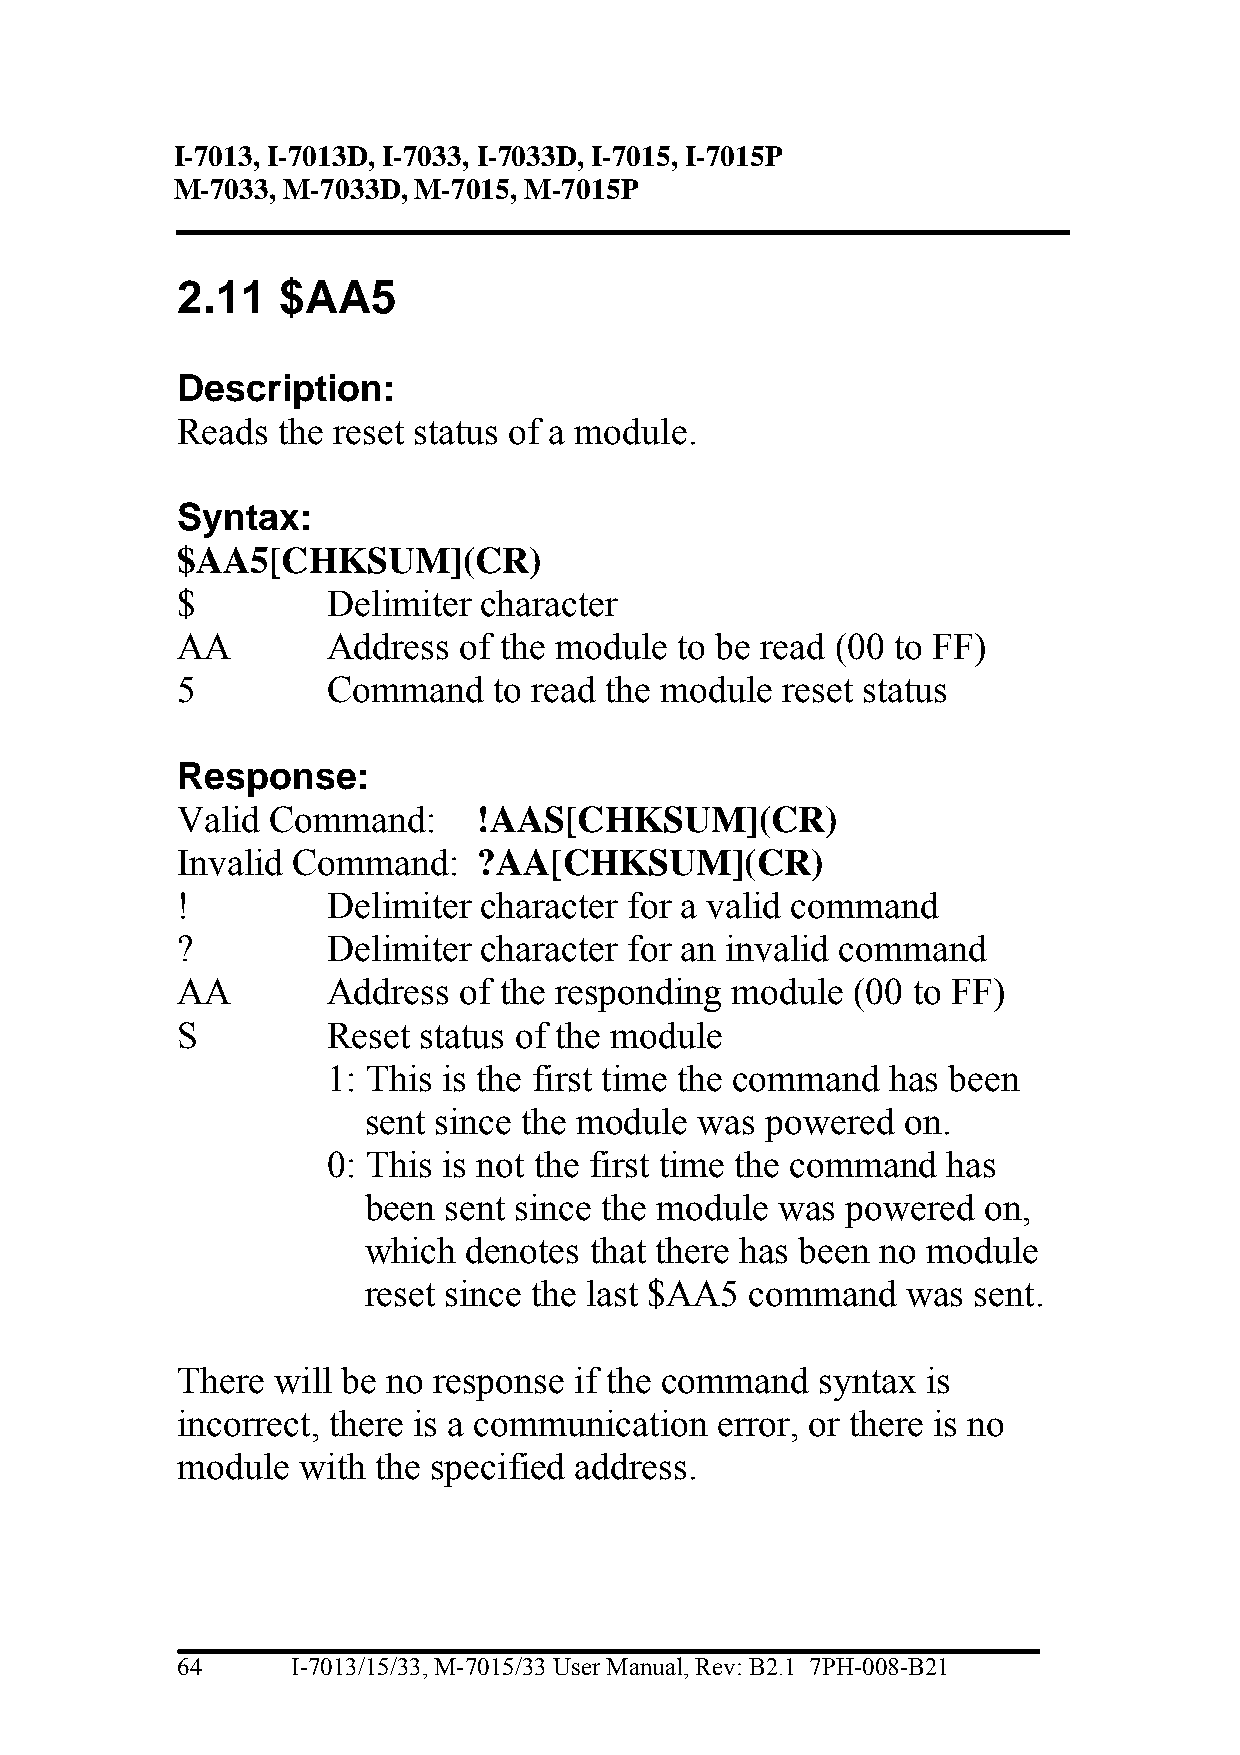
I-7013, I-7013D, I-7033, I-7033D, I-7015, I-7015P
 M-7033, M-7033D, M-7015, M-7015P
 2.11  $AA5
 Description:
 Reads the reset status of a module.
 Syntax:
 $AA5[CHKSUM](CR)
 $         Delimiter character
 AA        Address of the module  to be read (00 to FF)
 5         Command    to read the module reset status
 Response:
 Valid Command:      !AAS[CHKSUM](CR)
 Invalid Command:    ?AA[CHKSUM](CR)
 !         Delimiter character for a valid command
 ?         Delimiter character for an invalid command
 AA        Address of the responding module  (00 to FF)
 S         Reset status of the module
 1: This is the first time the command has been
 sent since the module was  powered  on.
 0: This is not the first time the command has
 been sent since the module  was powered  on,
 which  denotes that there has been no module
 reset since the last $AA5 command   was sent.
 There will be no response if the command  syntax is
 incorrect, there is a communication error, or there is no
 module  with the specified address.
 64     I-7013/15/33, M-7015/33 User Manual, Rev: B2.1 7PH-008-B21